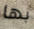
بها